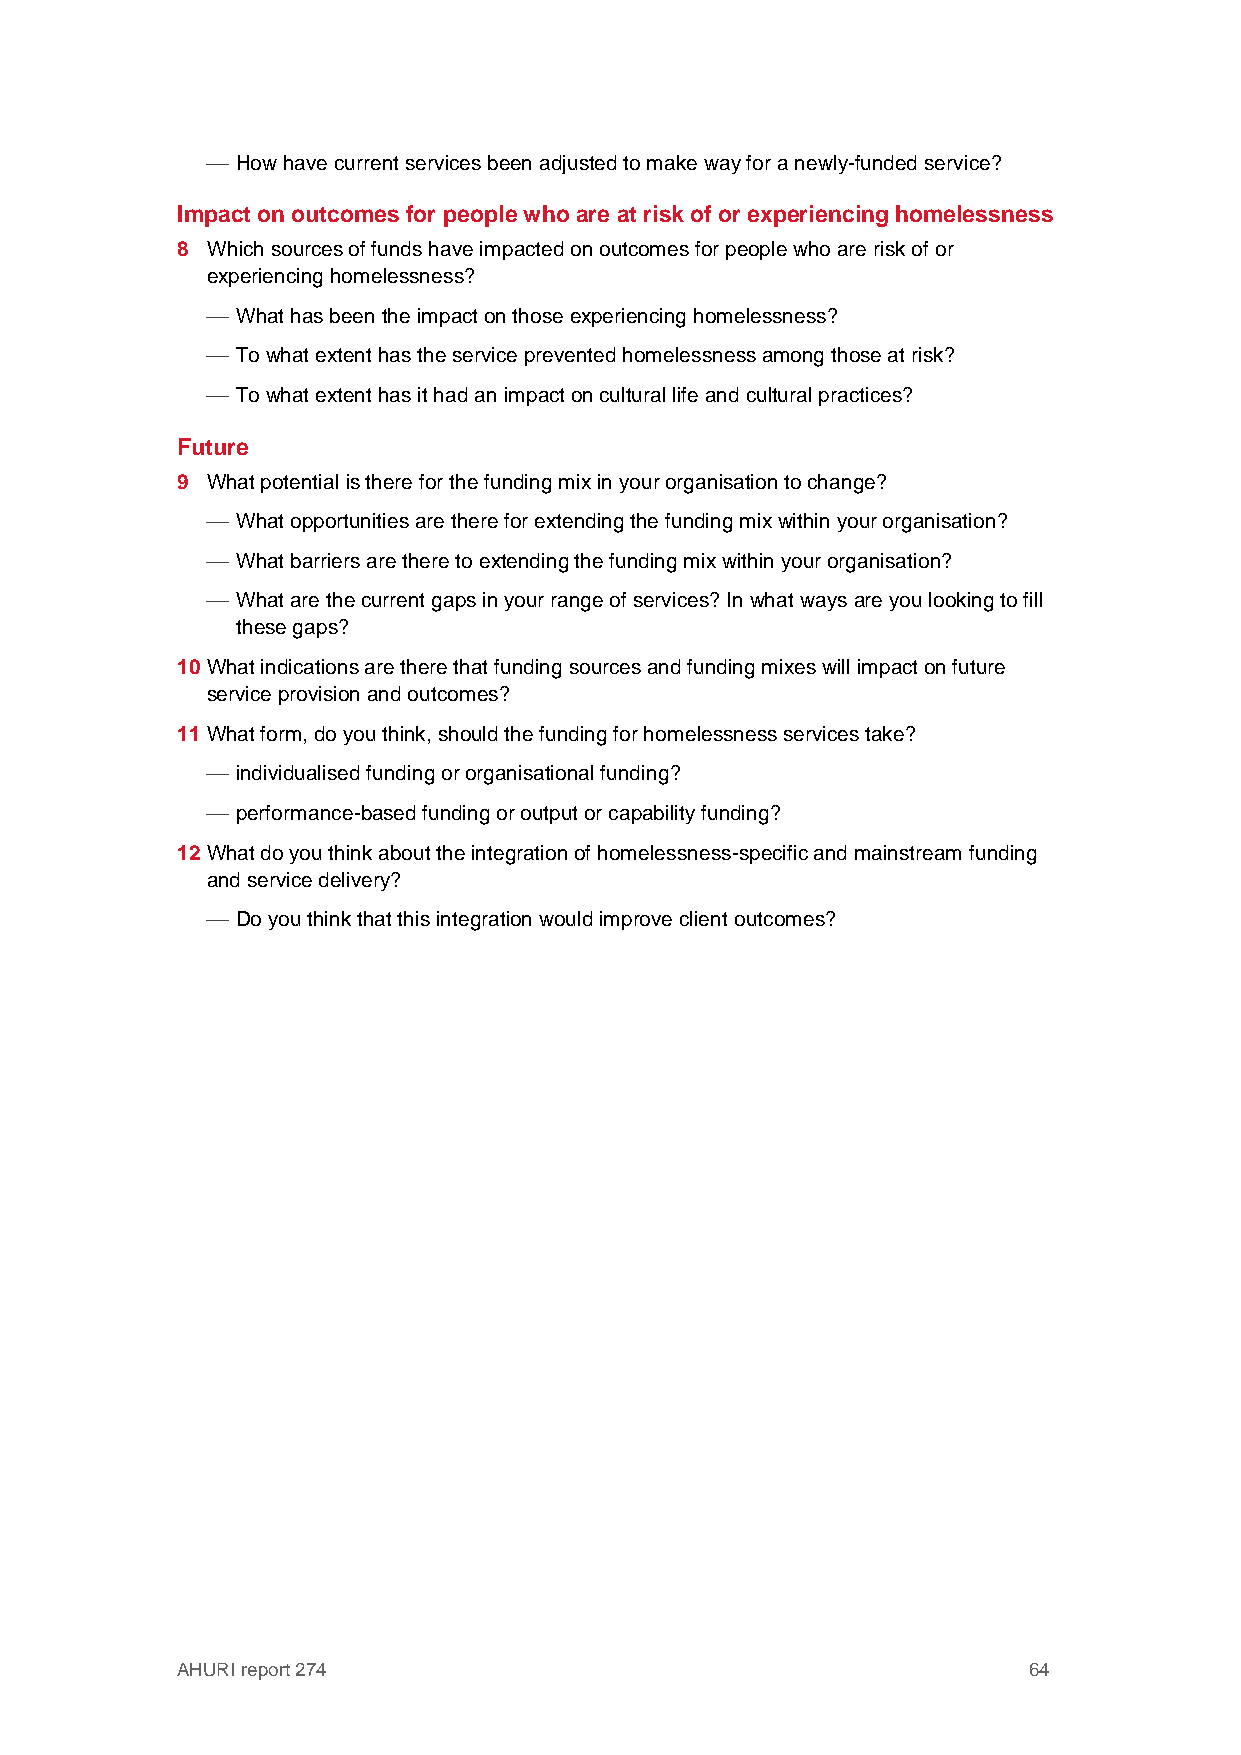
 How have current services been adjusted to make way for a newly-funded service?
 Impact on outcomes for people who are at risk of or experiencing homelessness
 8 Which sources of funds have impacted on outcomes for people who are risk of or
 experiencing homelessness?
  What has been the impact on those experiencing homelessness?
  To what extent has the service prevented homelessness among those at risk?
  To what extent has it had an impact on cultural life and cultural practices?
 Future
 9 What potential is there for the funding mix in your organisation to change?
  What opportunities are there for extending the funding mix within your organisation?
  What barriers are there to extending the funding mix within your organisation?
  What are the current gaps in your range of services? In what ways are you looking to fill
 these gaps?
 10 What indications are there that funding sources and funding mixes will impact on future
 service provision and outcomes?
 11 What form, do you think, should the funding for homelessness services take?
  individualised funding or organisational funding?
  performance-based funding or output or capability funding?
 12 What do you think about the integration of homelessness-specific and mainstream funding
 and service delivery?
  Do you think that this integration would improve client outcomes?
 AHURI report 274                                        64